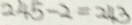
2 4 5 - 2 = 2 4 3